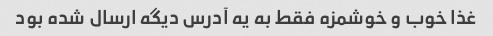
غذا خوب و خوشمزه فقط به یه آدرس دیگه ارسال شده بود